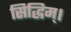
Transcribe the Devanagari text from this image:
सिद्धिम्।